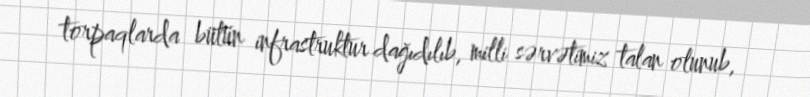
torpaqlarda bütün infrastruktur dağıdılıb, milli sərvətimiz talan olunub,